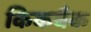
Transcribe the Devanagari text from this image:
किकबैक